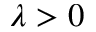
\lambda > 0